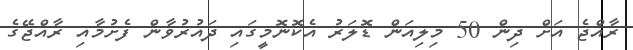
ރާއްޖެ އަށް ދިން 50 މިލިއަން ޑޮލަރު އެކޮނޮމީގައި ދައުރުވާން ފެށުމާއި ރާއްޖޭގެ